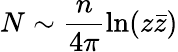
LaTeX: N\sim\frac{n}{4\pi}\ln(z\bar{z})